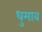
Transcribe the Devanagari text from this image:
धुमाव